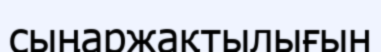
сыңаржақтылығын